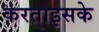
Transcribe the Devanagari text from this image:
करताइसके